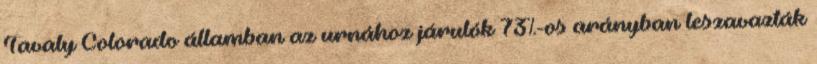
Tavaly Colorado államban az urnához járulók 73%-os arányban leszavazták